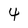
Character: 4